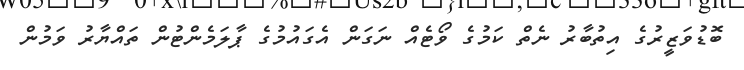
ބޮޑުވަޒީރުގެ އިތުބާރު ނެތް ކަމުގެ ވޯޓެއް ނަގަން އެގައުމުގެ ޕާލަމެންޓުން ތައްޔާރު ވަމުން